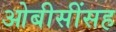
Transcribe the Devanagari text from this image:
ओबीसींसह